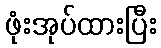
ဖုံးအုပ်ထားပြီး